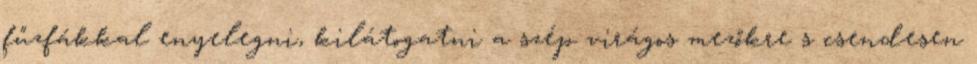
fűzfákkal enyelegni, kilátogatni a szép virágos mezőkre s csendesen